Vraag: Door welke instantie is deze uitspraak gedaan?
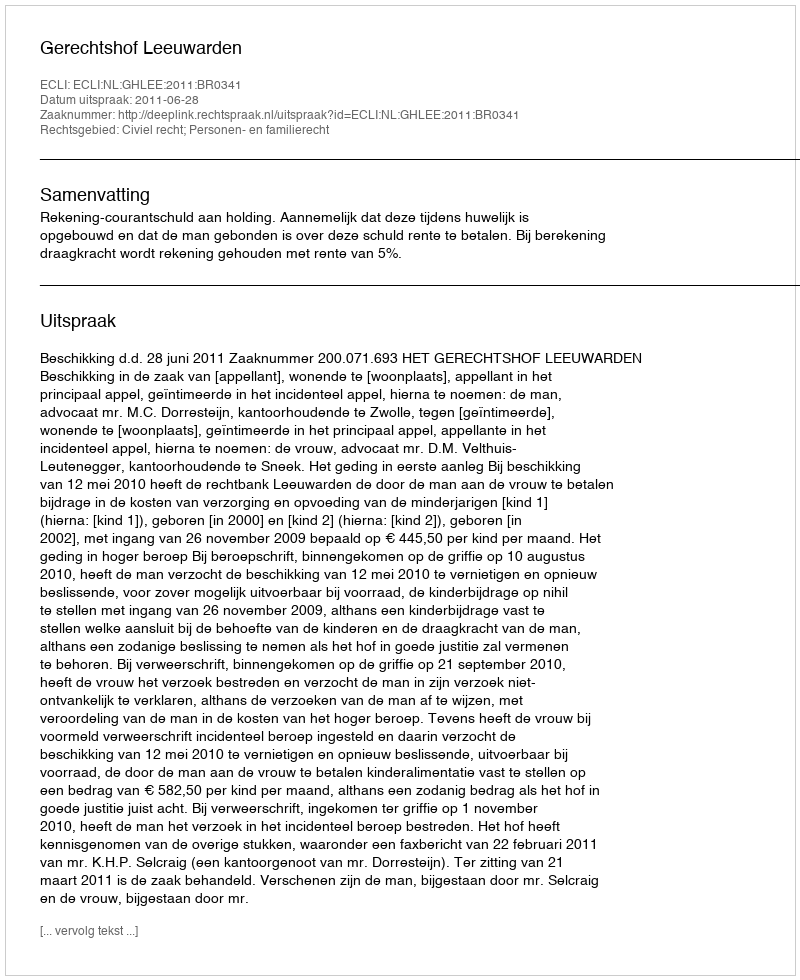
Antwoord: Gerechtshof Leeuwarden